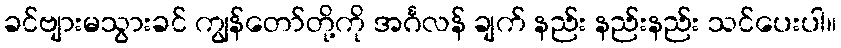
ခင်ဗျားမသွားခင် ကျွန်တော်တို့ကို အင်္ဂလန် ချက် နည်း နည်းနည်း သင်ပေးပါ။